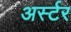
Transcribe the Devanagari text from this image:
अर्स्टर